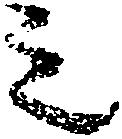
ミ